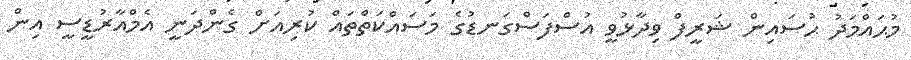
މުޙައްމަދު ޙުސައިން ޝަރީފް ވިދާޅުވީ އުސްފަސްގަނޑުގެ މަސައްކަތްތައް ކުރިއަށް ގެންދަނީ އެމްއާރުޑީސީ އިން